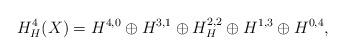
LaTeX: \begin{align*}H_H^4(X) = H^{4,0} \oplus H^{3,1} \oplus H^{2,2}_H \oplus H^{1,3} \oplus H^{0,4},\end{align*}